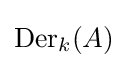
{\text{Der}}_{k}(A)